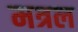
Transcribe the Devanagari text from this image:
मत्रल